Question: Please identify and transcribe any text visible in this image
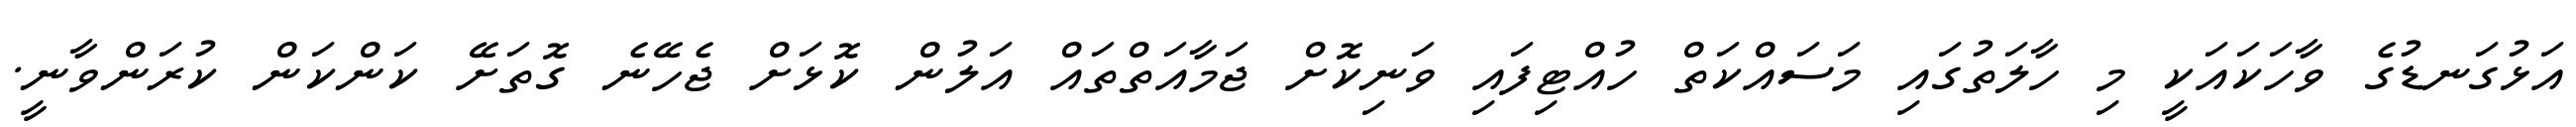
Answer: އަޅުގަނޑުގެ ވާހަކައަކީ މި ހާލަތުގައި މަސައްކަތް ހުއްޓިފައި ވަނިކޮށް ޖަމާއަތްތައް އަލުން ކޮޅަށް ޖެހޭނެ ގޮތަށޭ ކަންކަން ކުރަންވާނީ.